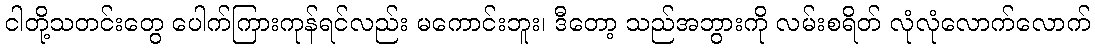
ငါတို့သတင်းတွေ ပေါက်ကြားကုန်ရင်လည်း မကောင်းဘူး၊ ဒီတော့ သည်အဘွားကို လမ်းစရိတ် လုံလုံလောက်လောက်